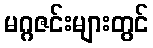
မဂ္ဂဇင်းများတွင်